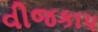
વીજકાપ